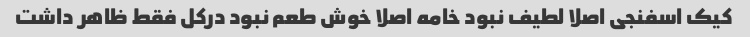
کیک اسفنجی اصلا لطیف نبود خامه اصلا خوش طعم نبود درکل فقط ظاهر داشت